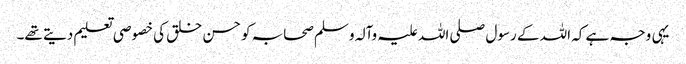
یہی وجہ ہے کہ اللہ کے رسول صلی اللہ علیہ وآلہ وسلم صحابہ کو حسن خلق کی خصوصی تعلیم دیتے تھے۔